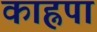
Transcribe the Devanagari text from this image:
काह्नपा